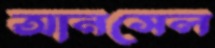
আনসেল